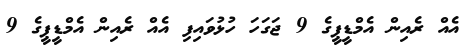
އެއް ރެއިން އެމްޑީޕީގެ 9 ޖަގަހަ ހުޅުވައިފި އެއް ރެއިން އެމްޑީޕީގެ 9